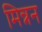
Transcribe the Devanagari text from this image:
मिन्नन